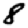
Digit: 8